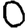
Digit: 0